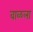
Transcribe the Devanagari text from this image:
वाळला